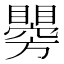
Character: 𥌂